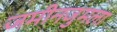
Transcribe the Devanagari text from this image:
जमीनजुमला